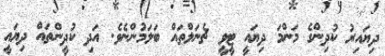
ދިޔައިރު ކުދިންގެ މަންމަ ދިޔައީ ޓީވީ ޗެނަލްތައް ބަލަމުންނެވެ. އަދި ކުދީންތައް ދިޔައީ